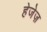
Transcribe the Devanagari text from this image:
हेजेज़